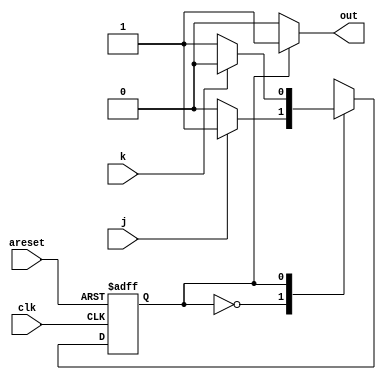
module top_module(
    input clk,
    input areset,    // Asynchronous reset to OFF
    input j,
    input k,
    output out); //  

    parameter OFF=1'b0, ON=1'b1; 
    reg state, next_state;

    always @(*) begin
        // State transition logic
        begin : FSM
            next_state =  OFF;
            case (state)
                OFF : next_state = j?ON:OFF;
                ON :  next_state = k?OFF:ON;
                default: next_state = ON;
            endcase
                    	
        end
    end

    always @(posedge clk, posedge areset) begin
        // State flip-flops with asynchronous reset
        if (areset == 1)
            state <= OFF;
        else 
            state <= next_state;
    end

    // Output logic
    assign out = state?1'b1:1'b0;
    //or this logic
    /*always @(*) begin
        // Assign output based on the current state
        case(state)
            OFF: out = 1'b0; // output for state OFF
            ON: out = 1'b1;   // output for state ON
        endcase
    end */

endmodule